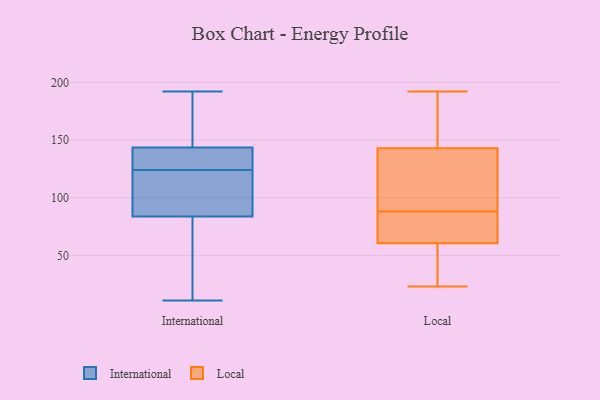
{"axis": {"x": "Waste Production (Tons)", "y": "Value"}, "legend": ["International", "Local"], "data": [{"x": "", "y": 117, "type": "International"}, {"x": "", "y": 148, "type": "International"}, {"x": "", "y": 124, "type": "International"}, {"x": "", "y": 77, "type": "International"}, {"x": "", "y": 19, "type": "International"}, {"x": "", "y": 142, "type": "International"}, {"x": "", "y": 136, "type": "International"}, {"x": "", "y": 127, "type": "International"}, {"x": "", "y": 86, "type": "International"}, {"x": "", "y": 11, "type": "International"}, {"x": "", "y": 192, "type": "International"}, {"x": "", "y": 123, "type": "International"}, {"x": "", "y": 169, "type": "International"}, {"x": "", "y": 103, "type": "Local"}, {"x": "", "y": 95, "type": "Local"}, {"x": "", "y": 80, "type": "Local"}, {"x": "", "y": 62, "type": "Local"}, {"x": "", "y": 58, "type": "Local"}, {"x": "", "y": 81, "type": "Local"}, {"x": "", "y": 142, "type": "Local"}, {"x": "", "y": 144, "type": "Local"}, {"x": "", "y": 170, "type": "Local"}, {"x": "", "y": 67, "type": "Local"}, {"x": "", "y": 144, "type": "Local"}, {"x": "", "y": 180, "type": "Local"}, {"x": "", "y": 39, "type": "Local"}, {"x": "", "y": 59, "type": "Local"}, {"x": "", "y": 192, "type": "Local"}, {"x": "", "y": 23, "type": "Local"}, {"x": "", "y": 98, "type": "Local"}, {"x": "", "y": 63, "type": "Local"}, {"x": "", "y": 53, "type": "Local"}, {"x": "", "y": 135, "type": "Local"}]}